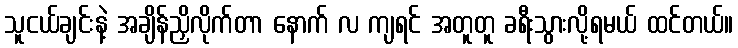
သူငယ်ချင်းနဲ့ အချိန်ညှိလိုက်တာ နောက် လ ကျရင် အတူတူ ခရီးသွားလို့ရမယ် ထင်တယ်။